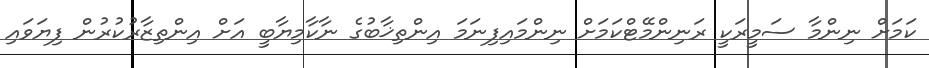
ކަމަށް ނިންމާ ސަމީރަކީ ރަނިންމޭޓްކަމަށް ނިންމައިފިނަމަ އިންތިޚާބުގެ ނާކާމިޔާބީ އަށް އިންތިޒާރުކުރުން ފިޔަވައި